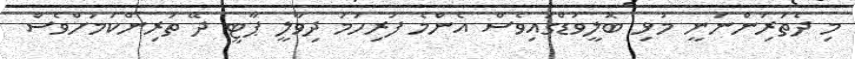
މި ދެތަރަިންނަނީ މުޅި ބޮލީވުޑްގައިވެސް އެންމެ ފުރިހަމަ ދިވާލީ ޕާޓީ ދޭ ތަރިންކަމަށްވެސް